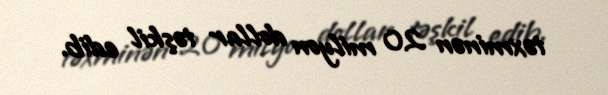
təxminən 20 milyon dollar təşkil edib.